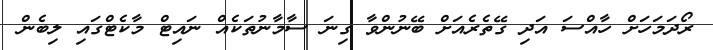
ރޯދަމަހަށް ހާއްސަ އަދި ގޭތެރެއަށް ބޭނުންވާ ގިނަ ސާމާނުތަކެއް ނައިޓް މާކެޓްގައި ލިބެން